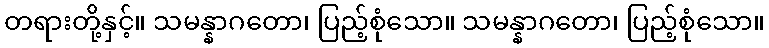
တရားတို့နှင့်။ သမန္နာဂတော၊ ပြည့်စုံသော။ သမန္နာဂတော၊ ပြည့်စုံသော။